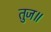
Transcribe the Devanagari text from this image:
तुज॥